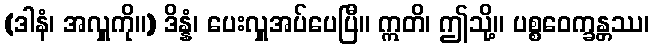
(ဒါနံ၊ အလှူကို။) ဒိန္နံ၊ ပေးလှူအပ်ပေပြီ။ ဣတိ၊ ဤသို့။ ပစ္စဝေက္ခန္တဿ၊